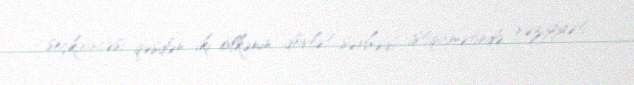
seçkiöncəsi qəsdən iki ölkənin dövlət sərhədi istiqamətində vəziyyəti